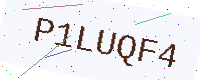
Text: P1LUQF4